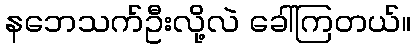
နဘေသက်ဦးလို့လဲ ခေါ်ကြတယ်။